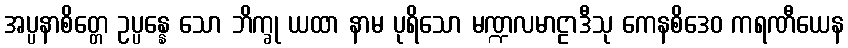
အပ္ပနာစိတ္တေ ဥပ္ပန္နေ သော ဘိက္ခု ယထာ နာမ ပုရိသော မဏ္ဍလမာဠာဒီသု ကေနစိဒေဝ ကရဏီယေန